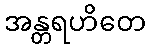
အန္တရဟိတေ